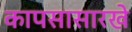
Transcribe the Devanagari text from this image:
कापसासारखे